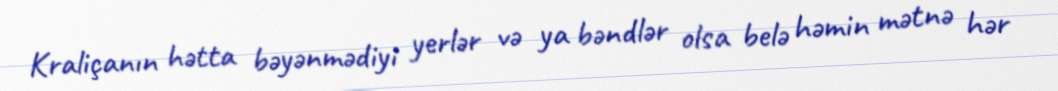
Kraliçanın hətta bəyənmədiyi yerlər və ya bəndlər olsa belə həmin mətnə hər